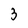
Character: 3